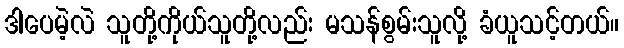
ဒါပေမဲ့လဲ သူတို့ကိုယ်သူတို့လည်း မသန်စွမ်းသူလို့ ခံယူသင့်တယ်။